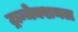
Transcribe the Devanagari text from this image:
ट्रान्जेक्शनल